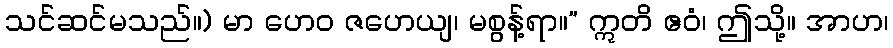
သင်ဆင်မသည်။) မာ ဟေဝ ဇဟေယျ၊ မစွန့်ရာ။” ဣတိ ဧဝံ၊ ဤသို့။ အာဟ၊